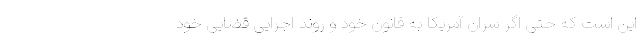
این است که حتی اگر سران آمریکا به قانون خود و روند اجرایی قضایی خود